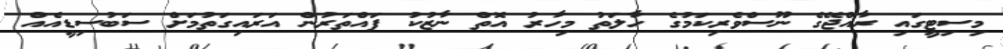
މިސިޓީގައި ރާއްޖޭގެ ނޫސްވެރިކަމުގެ ހާލަތު މިހާރު އޮތް ނާޒުކު ފައްތަރުން އަރައިގަތުމަށް ސަބުސިޑީއެއް